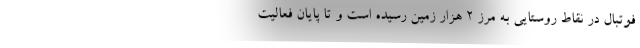
فوتبال در نقاط روستایی به مرز ۲ هزار زمین رسیده است و تا پایان فعالیت